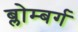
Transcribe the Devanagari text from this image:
ब्लोम्बर्ग